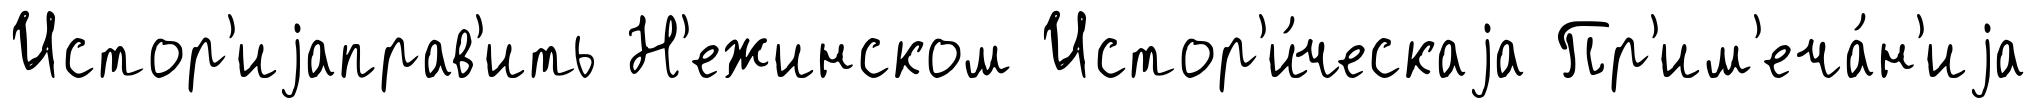
Истор'иjаправ'ить Н'ежинском Истор'и́ческаjа Пр'им'еча́н'иjа